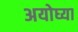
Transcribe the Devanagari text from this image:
अयोघ्या